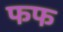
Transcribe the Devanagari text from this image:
फफ